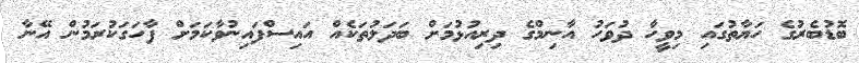
ބޮޑުބެރުގެ ހަޔާތުގައި މިވީހާ ދުވަހު އާނިމްގެ ދިރިއުޅުމަށް ބަދަލުތަކެއް އައިސްފައިނުވާކަަމަށް ފާހަގަކުރަމުން އޭނާ